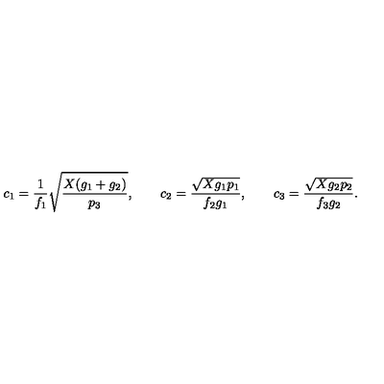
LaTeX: c _ { 1 } = \frac { 1 } { f _ { 1 } } \sqrt { \frac { X ( g _ { 1 } + g _ { 2 } ) } { p _ { 3 } } } , \qquad c _ { 2 } = \frac { \sqrt { X g _ { 1 } p _ { 1 } } } { f _ { 2 } g _ { 1 } } , \qquad c _ { 3 } = \frac { \sqrt { X g _ { 2 } p _ { 2 } } } { f _ { 3 } g _ { 2 } } .